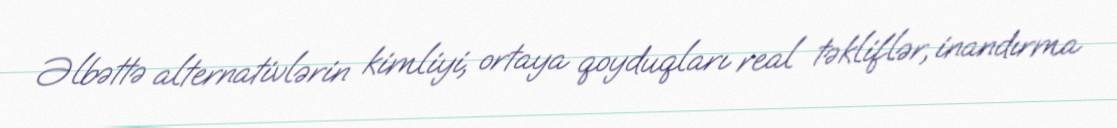
Əlbəttə alternativlərin kimliyi, ortaya qoyduqları real təkliflər, inandırma